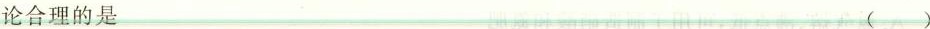
论合理的是 ()